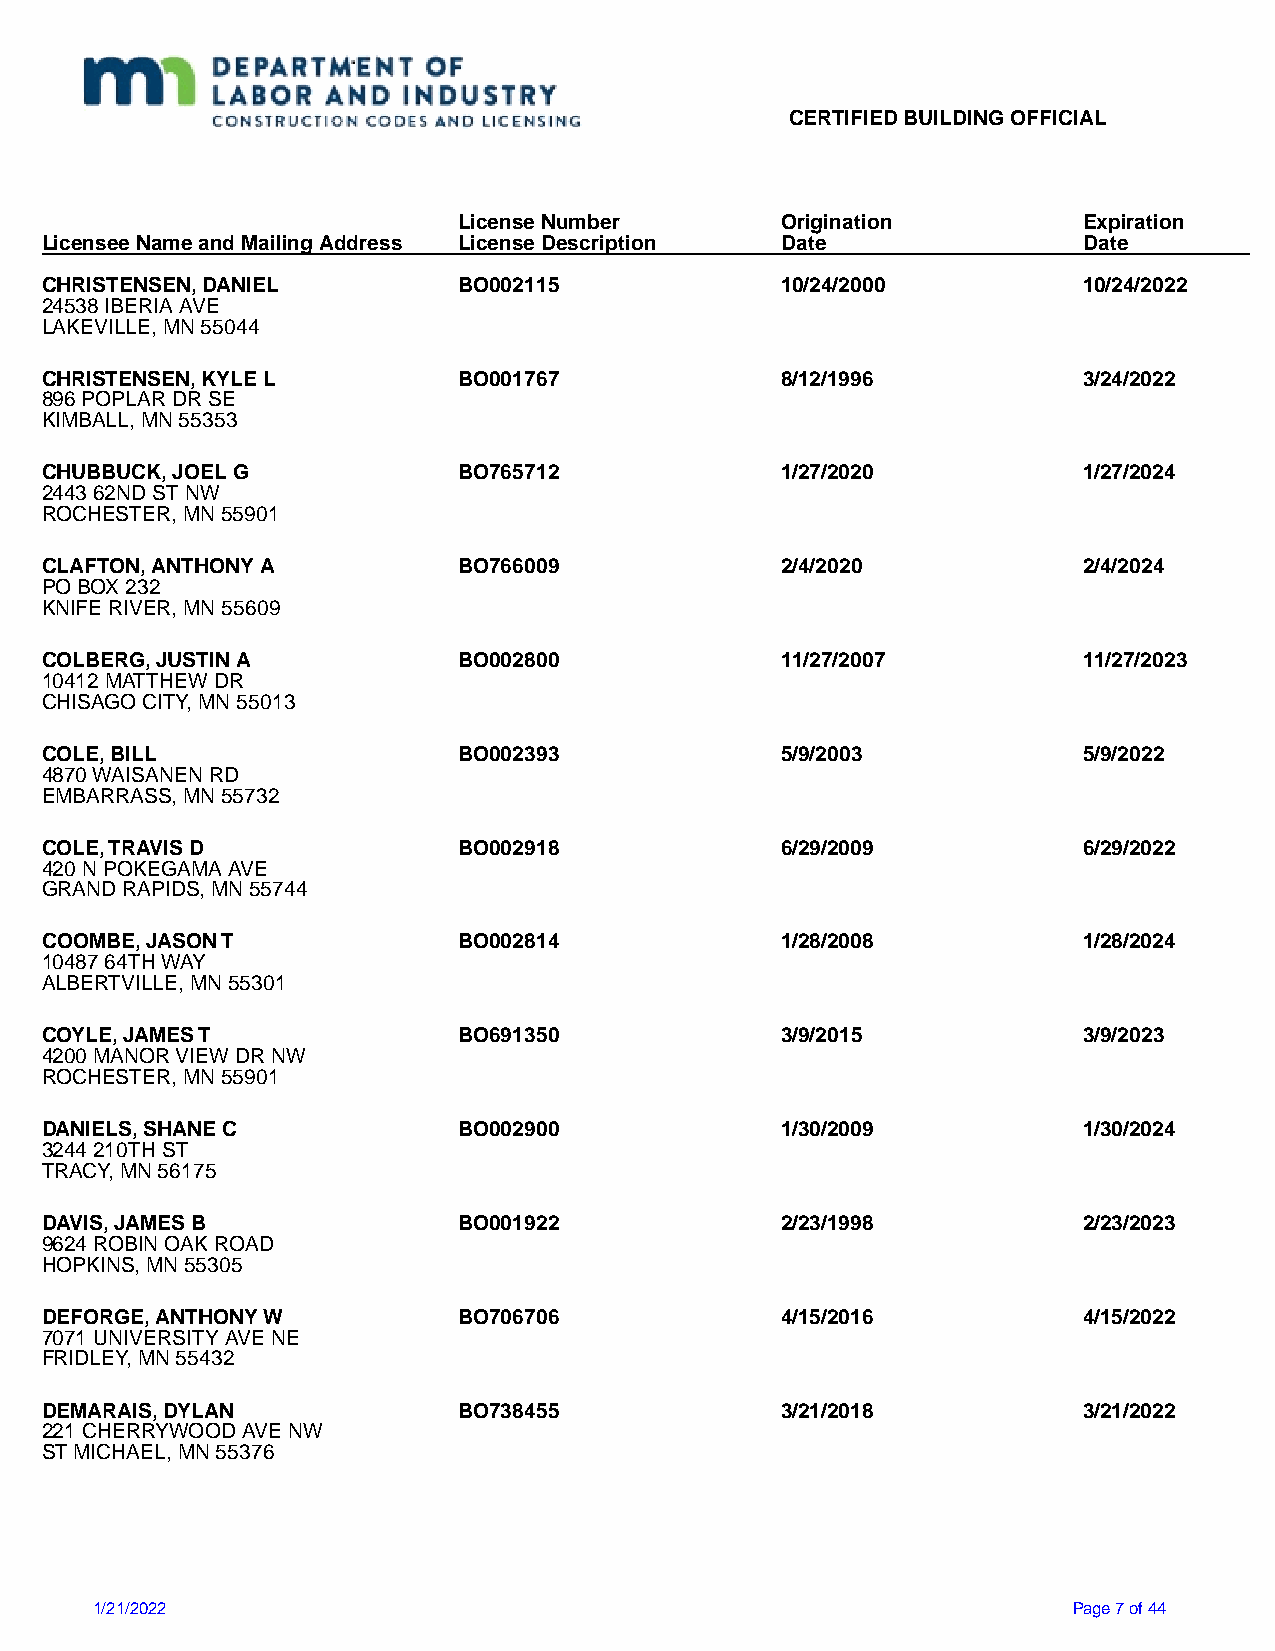
CERTIFIED BUILDING OFFICIAL
 License Number        Origination         Expiration
 Licensee Name and Mailing Address License Description Date           Date
 CHRISTENSEN, DANIEL        BO002115              10/24/2000          10/24/2022
 24538 IBERIA AVE
 LAKEVILLE, MN 55044
 CHRISTENSEN, KYLE L        BO001767              8/12/1996           3/24/2022
 896 POPLAR DR SE
 KIMBALL, MN 55353
 CHUBBUCK, JOEL G           BO765712              1/27/2020           1/27/2024
 2443 62ND ST NW
 ROCHESTER, MN 55901
 CLAFTON, ANTHONY A         BO766009              2/4/2020            2/4/2024
 PO BOX 232
 KNIFE RIVER, MN 55609
 COLBERG, JUSTIN A          BO002800              11/27/2007          11/27/2023
 10412 MATTHEW DR
 CHISAGO CITY, MN 55013
 COLE, BILL                 BO002393              5/9/2003            5/9/2022
 4870 WAISANEN RD
 EMBARRASS, MN 55732
 COLE, TRAVIS D             BO002918              6/29/2009           6/29/2022
 420 N POKEGAMA AVE
 GRAND RAPIDS, MN 55744
 COOMBE, JASON T            BO002814              1/28/2008           1/28/2024
 10487 64TH WAY
 ALBERTVILLE, MN 55301
 COYLE, JAMES T             BO691350              3/9/2015            3/9/2023
 4200 MANOR VIEW DR NW
 ROCHESTER, MN 55901
 DANIELS, SHANE C           BO002900              1/30/2009           1/30/2024
 3244 210TH ST
 TRACY, MN 56175
 DAVIS, JAMES B             BO001922              2/23/1998           2/23/2023
 9624 ROBIN OAK ROAD
 HOPKINS, MN 55305
 DEFORGE, ANTHONY W         BO706706              4/15/2016           4/15/2022
 7071 UNIVERSITY AVE NE
 FRIDLEY, MN 55432
 DEMARAIS, DYLAN            BO738455              3/21/2018           3/21/2022
 221 CHERRYWOOD AVE NW
 ST MICHAEL, MN 55376
 1/21/2022                                                        Page 7 of 44